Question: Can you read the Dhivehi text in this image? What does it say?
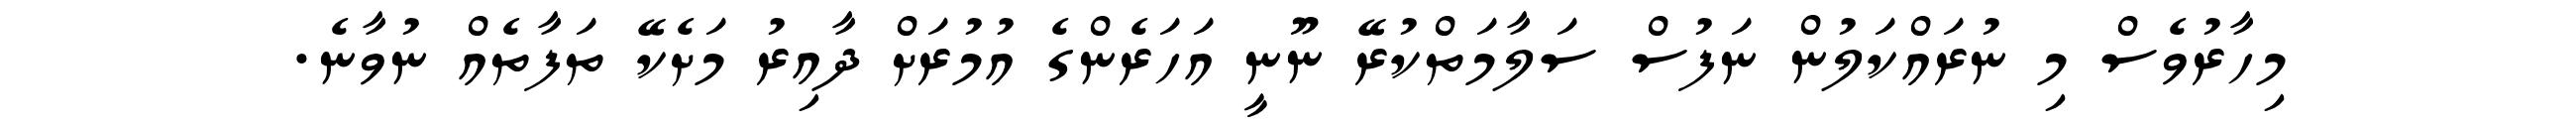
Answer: މިހާރުވެސް މި ނުރައްކަލުން ނަފުސް ސަލާމަތްކުރޭ ނޫނީ އަހަރެންގެ އުމުރަށް ދާއިރު މަށެކޭ ތަފާތެއް ނުވާނެ.